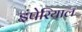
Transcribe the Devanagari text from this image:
इंपेरियाल